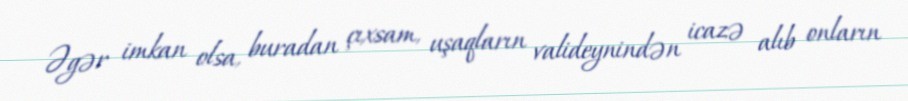
Əgər imkan olsa, buradan çıxsam, uşaqların valideynindən icazə alıb onların